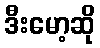
ဒီးမော့ဆို